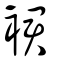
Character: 裙